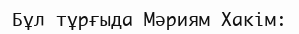
Бұл тұрғыда Мәриям Хакім: